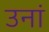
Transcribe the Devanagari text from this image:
उनां